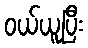
ဝယ်ယူပြီး